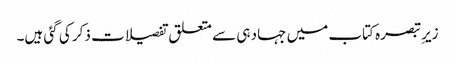
زیرِ تبصرہ کتاب میں جہاد ہی سے متعلق تفصیلات ذکر کی گئی ہیں۔